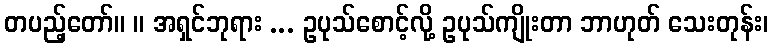
တပည့်တော်။ ။ အရှင်ဘုရား ... ဥပုသ်စောင့်လို့ ဥပုသ်ကျိုးတာ ဘာဟုတ် သေးတုန်း၊